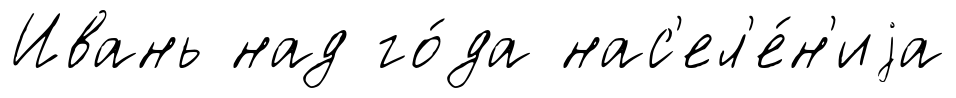
Ивань над го́да нас'ел'е́н'иjа